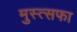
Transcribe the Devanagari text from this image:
मुस्त्सफा